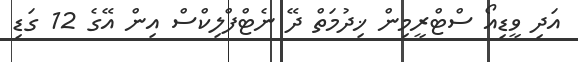
އަދި ވީޑިއޯ ސްޓްރީމިން ޚިދުމަތް ދޭ ނެޓްފްލިކްސް އިން އޭގެ 12 ގަޑި